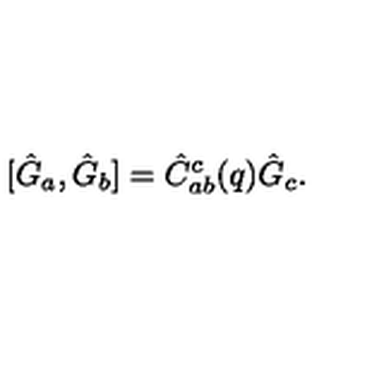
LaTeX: [ \hat { G } _ { a } , \hat { G } _ { b } ] = \hat { C } _ { a b } ^ { c } ( q ) \hat { G } _ { c } .